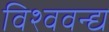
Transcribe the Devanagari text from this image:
विश्ववन्द्य